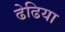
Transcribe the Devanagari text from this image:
ढेढिया